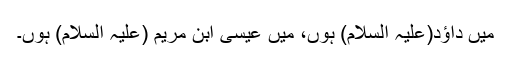
میں داؤد(علیہ السلام) ہوں، میں عیسٰی ابن مریم (علیہ السلام) ہوں۔